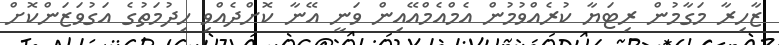
ޒާހިރާ މަގާމުން ރިޓަޔާ ކުރެއްވުމުން އެމްއެމްއޭއިން ވަނީ އޭނާ ކޮށްދެއްވި ހިދުމަތުގެ އަގުވަޒަންކޮށް